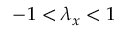
- 1 < \lambda _ { x } < 1